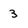
Character: 3